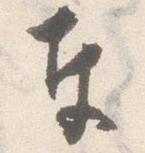
奉